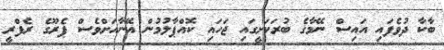
ބާކާ ދުވެފައި އައިސް ނޭމާގެ ބުރަކަށީގައި ޖަހައި ކޮއްޕާލުމުން އޭނާއަށްވެސް ޕެރޫގެ ރެފްރީ